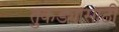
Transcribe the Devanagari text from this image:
तुकड्यासाठी